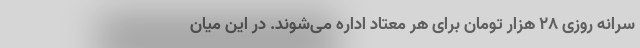
سرانه روزی ۲۸ هزار تومان برای هر معتاد اداره می‌شوند. در این میان